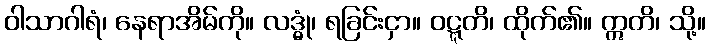
ဝါသာဂါရံ၊ နေရာအိမ်ကို။ လဒ္ဓုံ၊ ရခြင်းငှာ။ ဝဋ္ဋတိ၊ ထိုက်၏။ ဣတိ၊ သို့။